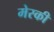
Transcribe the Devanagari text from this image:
मेस्की